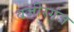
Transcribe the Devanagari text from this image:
वज़ीरगंज